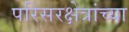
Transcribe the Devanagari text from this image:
परिसरक्षेत्रांच्या